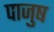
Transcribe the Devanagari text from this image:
पाजुष